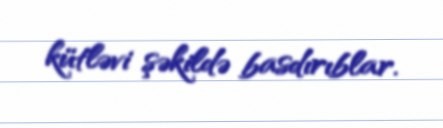
kütləvi şəkildə basdırıblar.